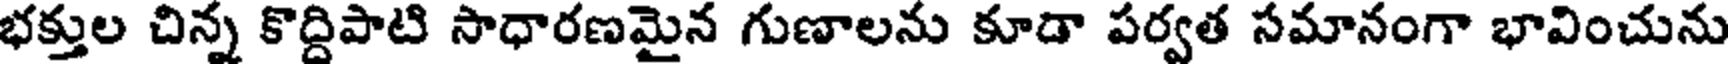
భక్తుల చిన్న కొద్దిపాటి సాధారణమైన గుణాలను కూడా పర్వత సమానంగా భావించును